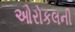
ઓરોકલની